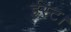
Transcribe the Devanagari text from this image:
ईस्ट।